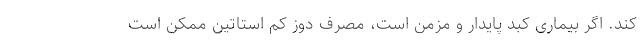
کند. اگر بیماری کبد پایدار و مزمن است، مصرف دوز کم استاتین ممکن است